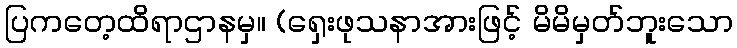
ပြကတေ့ထိရာဌာနမှ။ (ရှေးဖုသနာအားဖြင့် မိမိမှတ်ဘူးသော